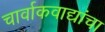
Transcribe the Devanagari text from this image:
चार्वाकवाद्यांचा